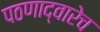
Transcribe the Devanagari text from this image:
पठणाद्वारेच